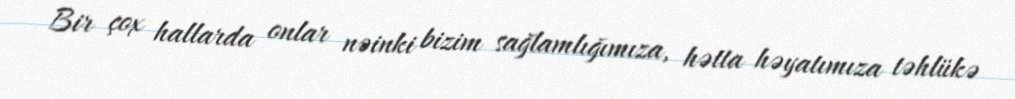
Bir çox hallarda onlar nəinki bizim sağlamlığımıza, hətta həyatımıza təhlükə